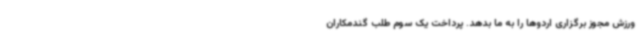
ورزش مجوز برگزاری اردوها را به ما بدهد. پرداخت یک سوم طلب گندمکاران